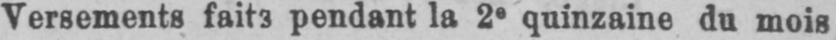
Versements faits pendant la 2e quinzaine du mois